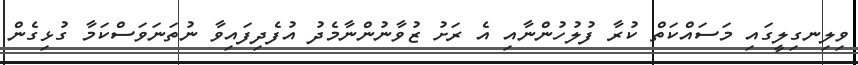
ވިލިނގިލީގައި މަސައްކަތް ކުރާ ފުލުހުންނާއި އެ ރަށު ޒުވާނުންނާމެދު އުފެދިފައިވާ ނުތަނަވަސްކަމާ ގުޅިގެން